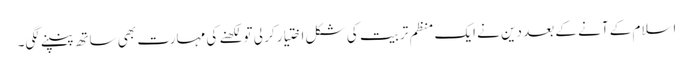
اسلام کے آنے کے بعد دین نے ایک منظم تربیت کی شکل اختیار کر لی تو لکھنے کی مہارت بھی ساتھ پنپنے لگی۔